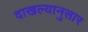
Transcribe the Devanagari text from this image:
दाखल्यानुसार